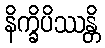
နိက္ခိပိဿန္တိ